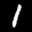
Label: 1